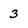
Character: 3